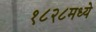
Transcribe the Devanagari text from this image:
१८२८मध्ये